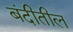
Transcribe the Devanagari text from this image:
बंदीतील